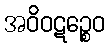
အဝိဝဋဉ္စေဝ